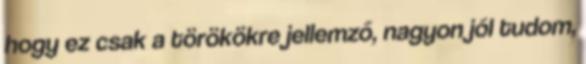
hogy ez csak a törökökre jellemző, nagyon jól tudom,